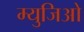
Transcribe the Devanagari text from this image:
म्युजिओ